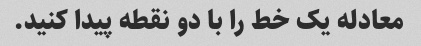
معادله یک خط را با دو نقطه پیدا کنید.